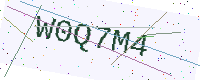
Text: W0Q7M4